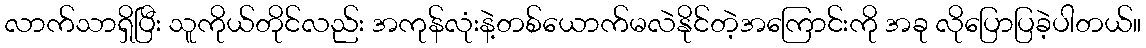
လာက်သာရှိပြီး သူကိုယ်တိုင်လည်း အကုန်လုံးနဲ့တစ်ယောက်မလဲနိုင်တဲ့အကြောင်းကို အခု လိုပြောပြခဲ့ပါတယ်။